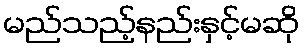
မည်သည့်နည်းနှင့်မဆို